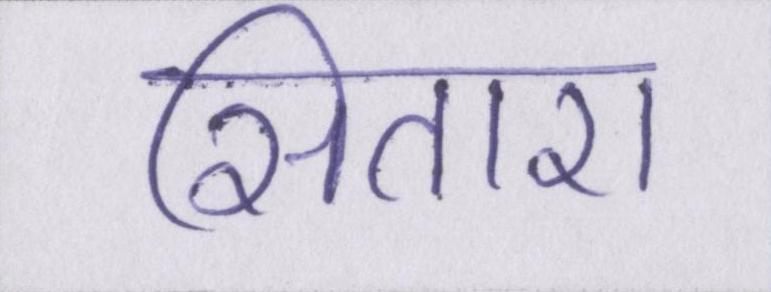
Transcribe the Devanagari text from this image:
सितारा